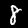
Label: 8